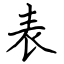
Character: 表